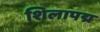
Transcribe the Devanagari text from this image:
शिलापद्म